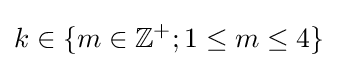
k\in \{m\in \mathbb {Z} ^{+};1\leq m\leq 4\}